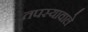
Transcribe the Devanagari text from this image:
तपस्यावाले